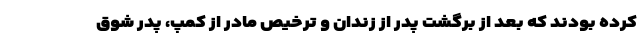
کرده بودند که بعد از برگشت پدر از زندان و ترخیص مادر از کمپ، پدر شوق